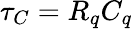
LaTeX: \tau_{C}=R_{q}C_{q}